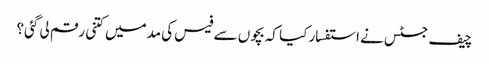
چیف جسٹس نے استفسار کیا کہ بچوں سے فیس کی مدمیں کتنی رقم لی گئی؟